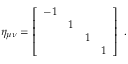
\eta _ { \mu \nu } = \left[ \begin{array} { c c c c } { { - 1 } } & { { \hfil } } & { { \hfil } } & { { \hfil } } \\ { { \hfil } } & { { 1 } } & { { \hfil } } & { { \hfil } } \\ { { \hfil } } & { { \hfil } } & { { 1 } } & { { \hfil } } \\ { { \hfil } } & { { \hfil } } & { { \hfil } } & { { 1 } } \end{array} \right] ~ .